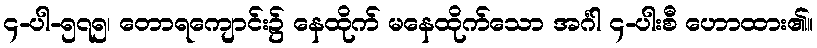
၄-ပါ-၅၇၅၊ တောရကျောင်း၌ နေထိုက် မနေထိုက်သော အင်္ဂါ ၄-ပါးစီ ဟောထား၏။